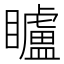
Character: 矑